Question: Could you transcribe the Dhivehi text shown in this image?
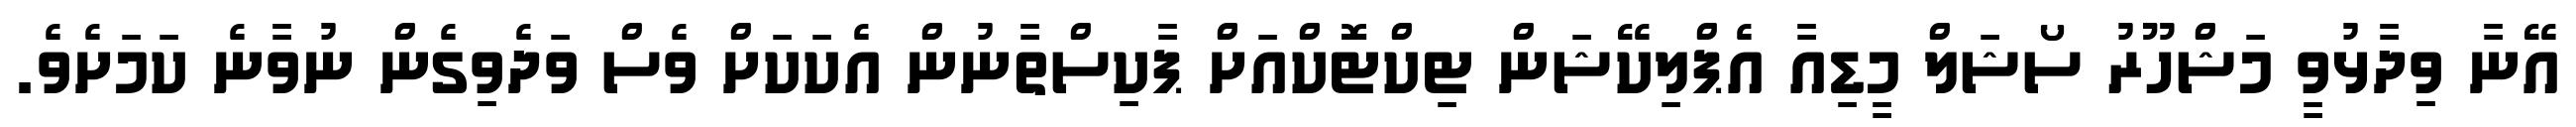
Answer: އޭނާ ވިދާޅުވީ މަޝްހޫރު ސޯޝަލް މީޑިއާ އެޕްލިކޭޝަން ޓިކްޓޮކްއަށް ޕާކިސްތާނުން އެކަކަށް ވެސް ވަދެވިގެން ނުވާނެ ކަމަށެވެ.